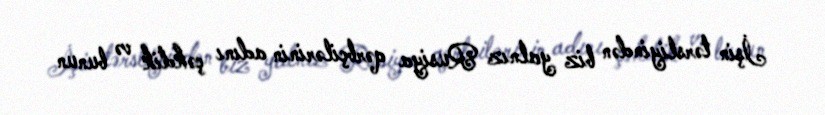
İşin tərsliyindən biz yalnız Rusiya qərbçilərinin adını çəkdik və bunun